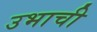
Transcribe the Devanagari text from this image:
उभाची